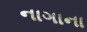
નાગાના